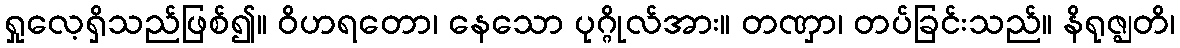
ရှုလေ့ရှိသည်ဖြစ်၍။ ဝိဟရတော၊ နေသော ပုဂ္ဂိုလ်အား။ တဏှာ၊ တပ်ခြင်းသည်။ နိရုဇ္ဈတိ၊